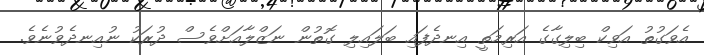
އެވަގުތު އަވިކް ބިލިގާގެ އަރިމަތީ އިނދެފައި ބަލައިލި ގޮތުން ނަޒްލާއަށްވެސް ދުރަކު ނުއިނދެވުނެވެ.